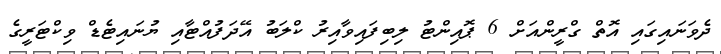
ދެވަނައިގައި އޮތް ގްރީންއަށް 6 ޕޮއިންޓު ލިބިފައިވާއިރު ކްލަބު އޭދަފުއްޓާއި ޔުނައިޓެޑް ވިކްޓަރީގެ